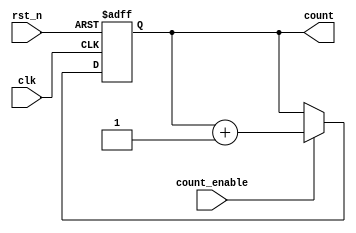
module async_counter (
    input wire clk,            // Clock input
    input wire rst_n,         // Asynchronous active-low reset
    input wire count_enable,   // Count enable signal
    output reg [N-1:0] count   // Counter output
);
    parameter N = 4; // Number of bits for the counter

    always @(posedge clk or negedge rst_n) begin
        if (!rst_n) begin
            count <= 0; // Reset counter to 0 on reset
        end else if (count_enable) begin
            count <= count + 1; // Increment counter
        end
    end

endmodule